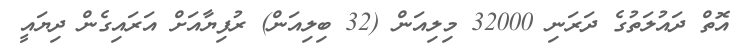
އޮތް ދައުލަތުގެ ދަރަނި 32000 މިލިއަން (32 ބިލިއަން) ރުފިޔާއަށް އަރައިގެން ދިޔައީ